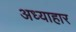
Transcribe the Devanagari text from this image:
अध्याहार